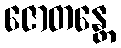
ဇောတန္တေ